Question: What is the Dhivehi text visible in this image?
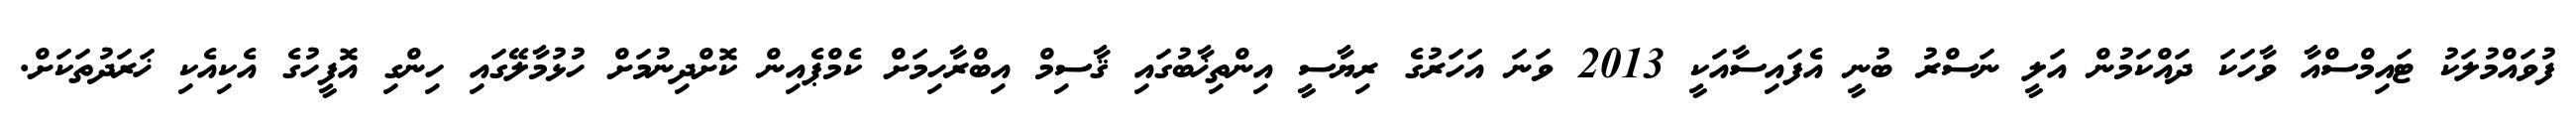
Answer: ފުވައްމުލަކު ޓައިމްސްއާ ވާހަކަ ދައްކަމުން އަލީ ނަސްރު ބުނީ އެފައިސާއަކީ 2013 ވަނަ އަހަރުގެ ރިޔާސީ އިންތިޚާބުގައި ޤާސިމް އިބްރާހިމަށް ކެމްޕެއިން ކޮށްދިނުމަށް ހުޅުމާލޭގައި ހިންގި އޮފީހުގެ އެކިއެކި ޚަރަދުތަކަށް.